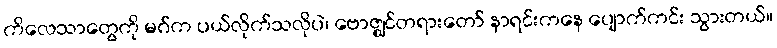
ကိလေသာတွေကို မဂ်က ပယ်လိုက်သလိုပဲ၊ ဗောဇ္ဈင်တရားတော် နာရင်းကနေ ပျောက်ကင်း သွားတယ်။